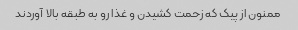
ممنون از پیک که زحمت کشیدن و غذا رو به طبقه بالا آوردند